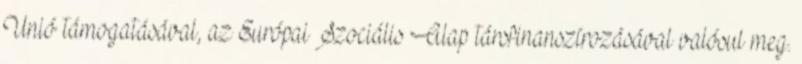
Unió támogatásával, az Európai Szociális Alap társfinanszírozásával valósul meg.